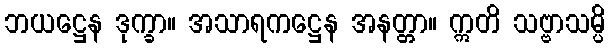
ဘယဋ္ဌေန ဒုက္ခာ။ အသာရကဋ္ဌေန အနတ္တာ။ ဣတိ သဗ္ဗာသမ္ပိ